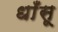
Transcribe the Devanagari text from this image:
धाँसू